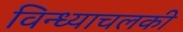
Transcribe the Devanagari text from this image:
विन्ध्याचलकी